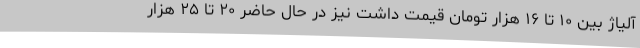
آلیاژ بین ۱۰ تا ۱۶ هزار تومان قیمت داشت نیز در حال حاضر ۲۰ تا ۲۵ هزار